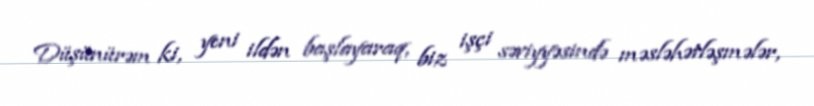
Düşünürəm ki, yeni ildən başlayaraq, biz işçi səviyyəsində məsləhətləşmələr,